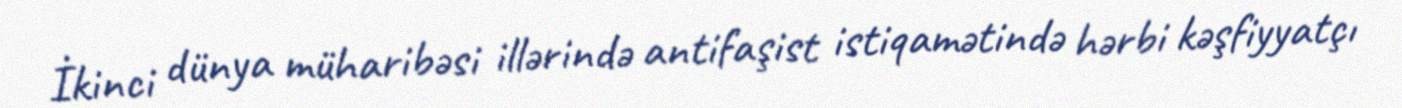
İkinci dünya müharibəsi illərində antifaşist istiqamətində hərbi kəşfiyyatçı